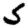
Digit: 5